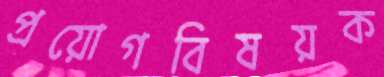
প্রয়োগবিষয়ক